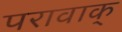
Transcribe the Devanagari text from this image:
परावाक्